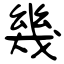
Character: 幾